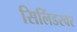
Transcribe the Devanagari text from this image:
सिलिंडरवर